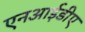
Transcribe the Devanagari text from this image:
एनआईडीए